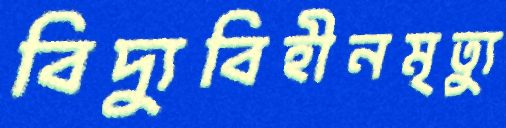
বিদ্যুবিহীনমৃত্যু